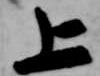
上